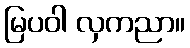
မြပဝါ လှကညာ။